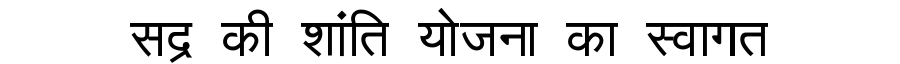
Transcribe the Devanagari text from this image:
सद्र की शांति योजना का स्वागत